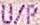
U/P